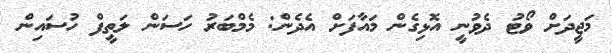
މަޖީދަށް ވޯޓު ދެވުނީ އޮޅިގެން މައާފަށް އެދެން: މެމްބަރު ހަސަން ލަތީފް ހުސައިން